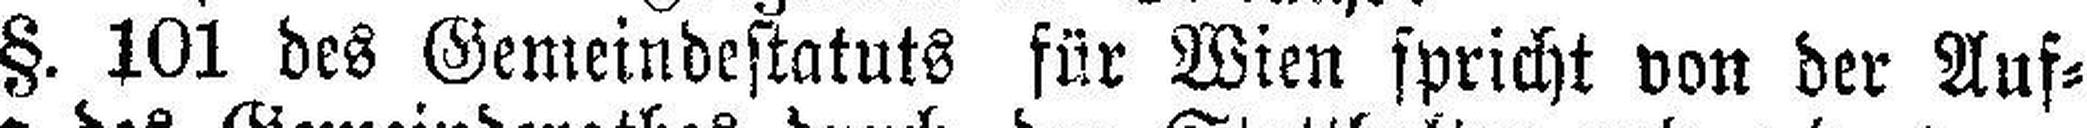
§. 101 des Gemeindestatuts für Wien spricht von der Auf¬